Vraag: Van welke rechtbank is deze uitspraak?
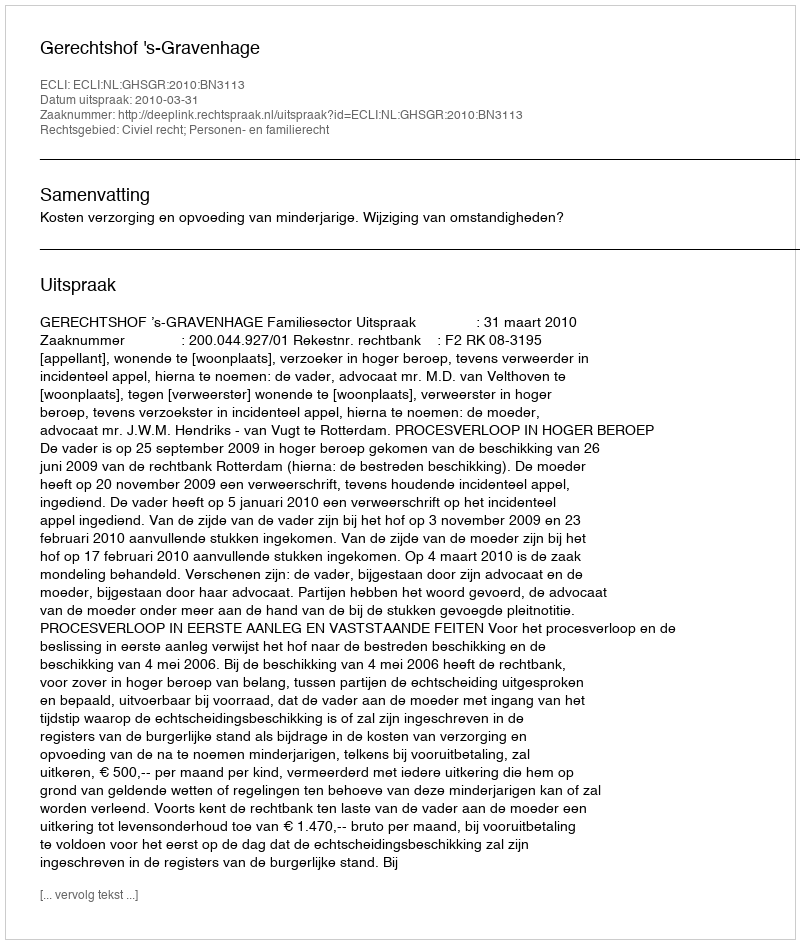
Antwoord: Gerechtshof 's-Gravenhage